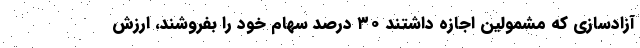
آزادسازی که مشمولین اجازه داشتند ۳۰ درصد سهام خود را بفروشند، ارزش